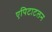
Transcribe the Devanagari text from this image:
एपिटाटलन